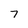
Character: 7